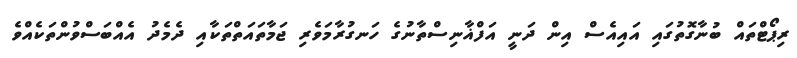
ރިޕޯޓްތައް ބުނާގޮތުގައި އައިއެސް އިން ދަނީ އަފްޣާނިސްތާނުގެ ހަނގުރާމަވެރި ޖަމާތައަތްތަކާއި ދެމެދު އެއްބަސްވުންތަކެއްވެ